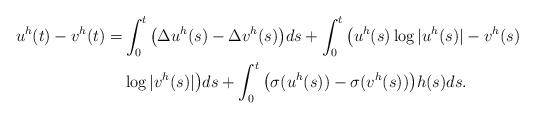
LaTeX: \begin{align*}u^h(t)-v^h(t)=&\int_{0}^{t}\big(\Delta u^h(s)-\Delta v^h(s)\big)ds+\int_{0}^{t}\big(u^h(s)\log|u^h(s)|-v^h(s)\\&\log|v^h(s)|\big)ds+\int_{0}^{t}\big(\sigma(u^h(s))-\sigma(v^h(s))\big)h(s)ds.\end{align*}